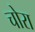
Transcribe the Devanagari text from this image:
चोरा